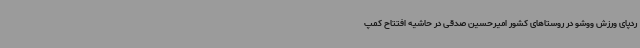
ردپای ورزش ووشو در روستاهای کشور امیرحسین صدقی در حاشیه افتتاح کمپ